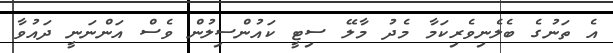
އެ ތަނުގެ ބެލެނިވެރިކަމާ މެދު މާލޭ ސިޓީ ކައުންސިލުން ވެސް އަންނަނީ ދައުވާ